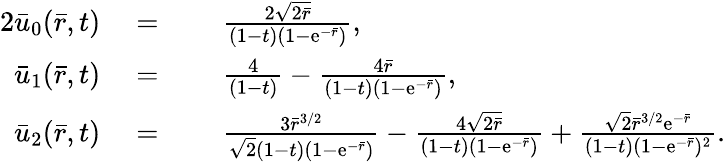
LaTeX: \begin{array}{rlrl}{{2}\bar{u}_{0}(\bar{r},t)}&{\; =}&&{\; \frac{2\sqrt{2\bar{r}}}{(1-t)(1-\mathrm{e}^{-\bar{r}})},}\\ {\bar{u}_{1}(\bar{r},t)}&{\; =}&&{\; \frac{4}{(1-t)}-\frac{4\bar{r}}{(1-t)(1-\mathrm{e}^{-\bar{r}})},}\\ {\bar{u}_{2}(\bar{r},t)}&{\; =}&&{\; \frac{3\bar{r}^{3/2}}{\sqrt{2}(1-t)(1-\mathrm{e}^{-\bar{r}})}-\frac{4\sqrt{2\bar{r}}}{(1-t)(1-\mathrm{e}^{-\bar{r}})}+\frac{\sqrt{2}\bar{r}^{3/2}\mathrm{e}^{-\bar{r}}}{(1-t)(1-\mathrm{e}^{-\bar{r}})^{2}}.}\end{array}